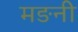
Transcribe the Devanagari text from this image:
मङनी